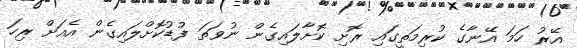
އޭރު ހަމަ އޭނާގެ ކުރިމަތީގައި ރޮށި ކޮށާލައިގެން ނުވަތަ ފުޑުކޮށްލައިގެން އެއަށް ރިހަ